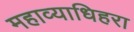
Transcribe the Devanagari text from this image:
महाव्याधिहरा